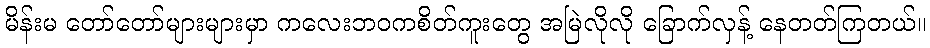
မိန်းမ တော်တော်များများမှာ ကလေးဘဝကစိတ်ကူးတွေ အမြဲလိုလို ခြောက်လှန့် နေတတ်ကြတယ်။